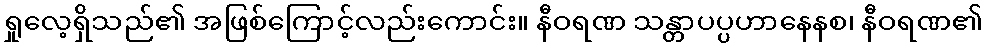
ရှုလေ့ရှိသည်၏ အဖြစ်ကြောင့်လည်းကောင်း။ နီဝရဏ သန္တာပပ္ပဟာနေနစ၊ နီဝရဏ၏